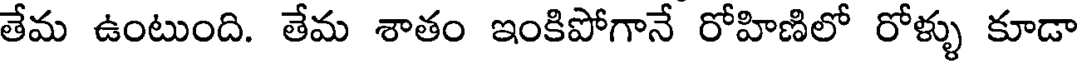
తేమ ఉంటుంది. తేమ శాతం ఇంకిపోగానే రోహిణిలో రోళ్ళు కూడా